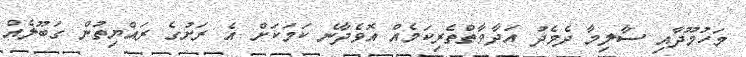
މަހުމޫދާއި ސާލިމާ ދެމެދު އަދާވާތްތެރިކަމެއް އޮވެދާނެ ކަމަކަށް އެ ރަށުގެ ރައްޔިތުން ގަބޫލެއް